Report on horse surra - Volume I
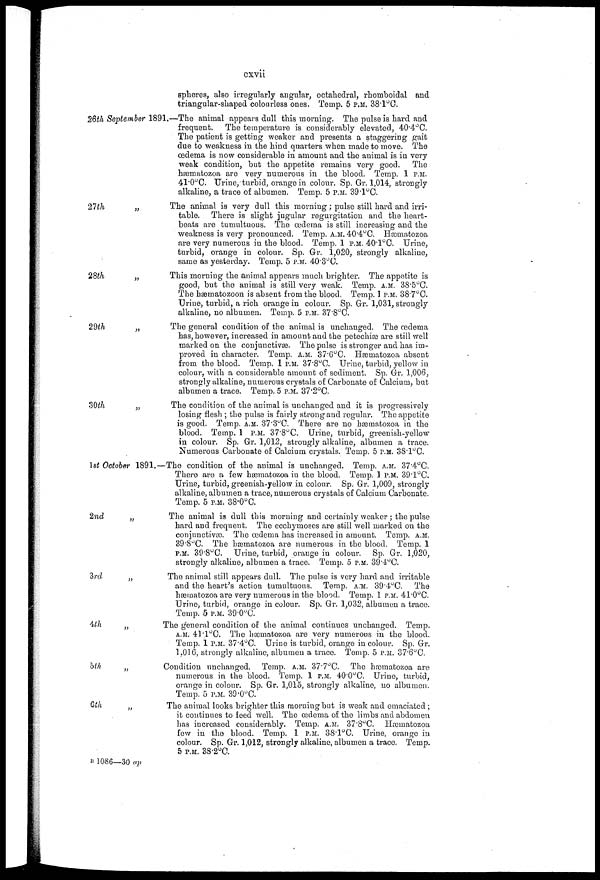
cxvii
26th September 18
27th
„
28th
„
29th
„
30th
„
1st October 1891.
2nd
„
3rd
4th
5th
6th
spheres, also irregularly angular, octahedral, rhomboidal and
triangular-shaped colourless ones. Temp. 5 P.M 38.1 O C.
91.—The animal appears dull this morning. The pulse is hard and
frequent.
The temperature is considerably elevated, 40.4°C.
The patient is getting weaker and presents a staggering gait
due to weakness in the hind quarters when made to move. The
oedema is now considerable in amount and the animal is in very
weak condition, but the appetite remains very good. The
hæmatozoa are very numerous in the blood. Temp. 1 P.M
41.0°C. Urine, turbid, orange in colour. Sp. Gr. 1,014, strongly
alkaline, a trace of albumen. Temp. 5
39.1°C.
The animal is very dull this morning; pulse still hard and irri-
table. There is slight jugular regurgitation and the heart-
beats are tumultuous. The oedema is still increasing and the
weakness is very pronounced. Temp. A.M 40.4°C. Hæmatozoa
are very numerous in the blood. Temp. 1 P.M 40.1°C. Urine,
turbid, orange in colour. Sp. Gr. 1,020, strongly alkaline,
same as yesterday. Temp. 5 P.M 40.3°C.
This morning the animal appears much brighter. The appetite is
good, but the animal is still very weak. Temp. A.M 38.5°C.
The hæmatozoon is absent from the blood. Temp. 1 P.M 38.7°C.
Urine, turbid, a rich orange in colour. Sp. Gr. 1,031, strongly
alkaline, no albumen. Temp. 5 P.M 37.8ºC.
The general condition of the animal is unchanged. The oedema
has, however, increased in amount and the petechias are still well
marked on the conjunctivas. The pulse is stronger and has im-
proved in character. Temp. A.M 37.6°C. Hæmatozoa absent
from the blood. Temp. 1 P.M 37.8°C. Urine, turbid, yellow in
colour, with a considerable amount of sediment. Sp. Gr. 1,006,
strongly alkaline, numerous crystals of Carbonate of Calcium, but
albumen a trace. Temp. 5 P.M 37.2ºC.
The condition of the animal is unchanged and it is progressively
losing flesh ; the pulse is fairly strong and regular. The appetite
is good. Temp. A.M 37.3°C. There are no hæmatozoa in the
blood. Temp. 1 P.M 37.8°C. Urine, turbid, greenish-yellow
in colour. Sp. Gr. 1,012, strongly alkaline, albumen a trace.
Numerous Carbonate of Calcium crystals. Temp. 5 P.M 38.1°C.
—The condition of the animal is unchanged. Temp. A.M 37.4°C.
There are a few hæmatozoa in the blood. Temp. 1 P.M 39.1°C.
Urine, turbid, greenish-yellow in colour. Sp. Gr. 1,009, strongly
alkaline, albumen a trace, numerous crystals of Calcium Carbonate.
Temp. 5 P.M 38.0°C.
The animal is dull this morning and certainly weaker; the pulse
hard and frequent. The ecclrymoses are still well marked on the
conjunctiva). The oedema has increased in amount. Temp. A.M
39.8°C. The hæmatozoa are numerous in the blood. Temp. 1
P.M 39.8°C. Urine, turbid, orange in colour. Sp. Gr. 1,020,
strongly alkaline, albumen a trace. Temp. 5 P.M 39.4°C.
The animal still appears dull. The pulse is very hard and irritable
and the heart's action tumultuous. Temp. A.M. 39.4°C. The
hæmatozoa are very numerous in the blood. Temp. 1 P.M 41.0°C.
Urine, turbid, orange in colour. Sp. Gr. 1,032, albumen a trace.
Temp. 5 P.M 39.0°C.
The general condition of the animal continues unchanged. Temp.
A.M 41.1ºC. The hæmatozoa are very numerous in the blood.
Temp. 1 P.M 37.4°C. Urine is turbid, orange in colour. Sp. Gr.
1,016, strongly alkaline, albumen a trace. Temp. 5 P.M 87.6°C.
Condition unchanged. Temp. A.M 37.7°C. The hæmatozoa are
numerous in the blood. Temp. 1 P.M 40.0°C. Urine, turbid,
orange in colour. Sp. Gr. 1,015, strongly alkaline, no albumen.
Temp. 5 P.M 39.0°C.
The animal looks brighter this morning but is weak and emaciated;
it continues to feed well. The oedema of the limbs and abdomen
has increased considerably. Temp. A.M 37.8°C. Hæmatozoa
few in the blood. Temp. 1 P.M 38.1°C. Urine, orange in
colour. Sp. Gr. 1,012, strongly alkaline, albumen a trace. Temp.
5 P.M 38.2°C.
B 1086—30 ap